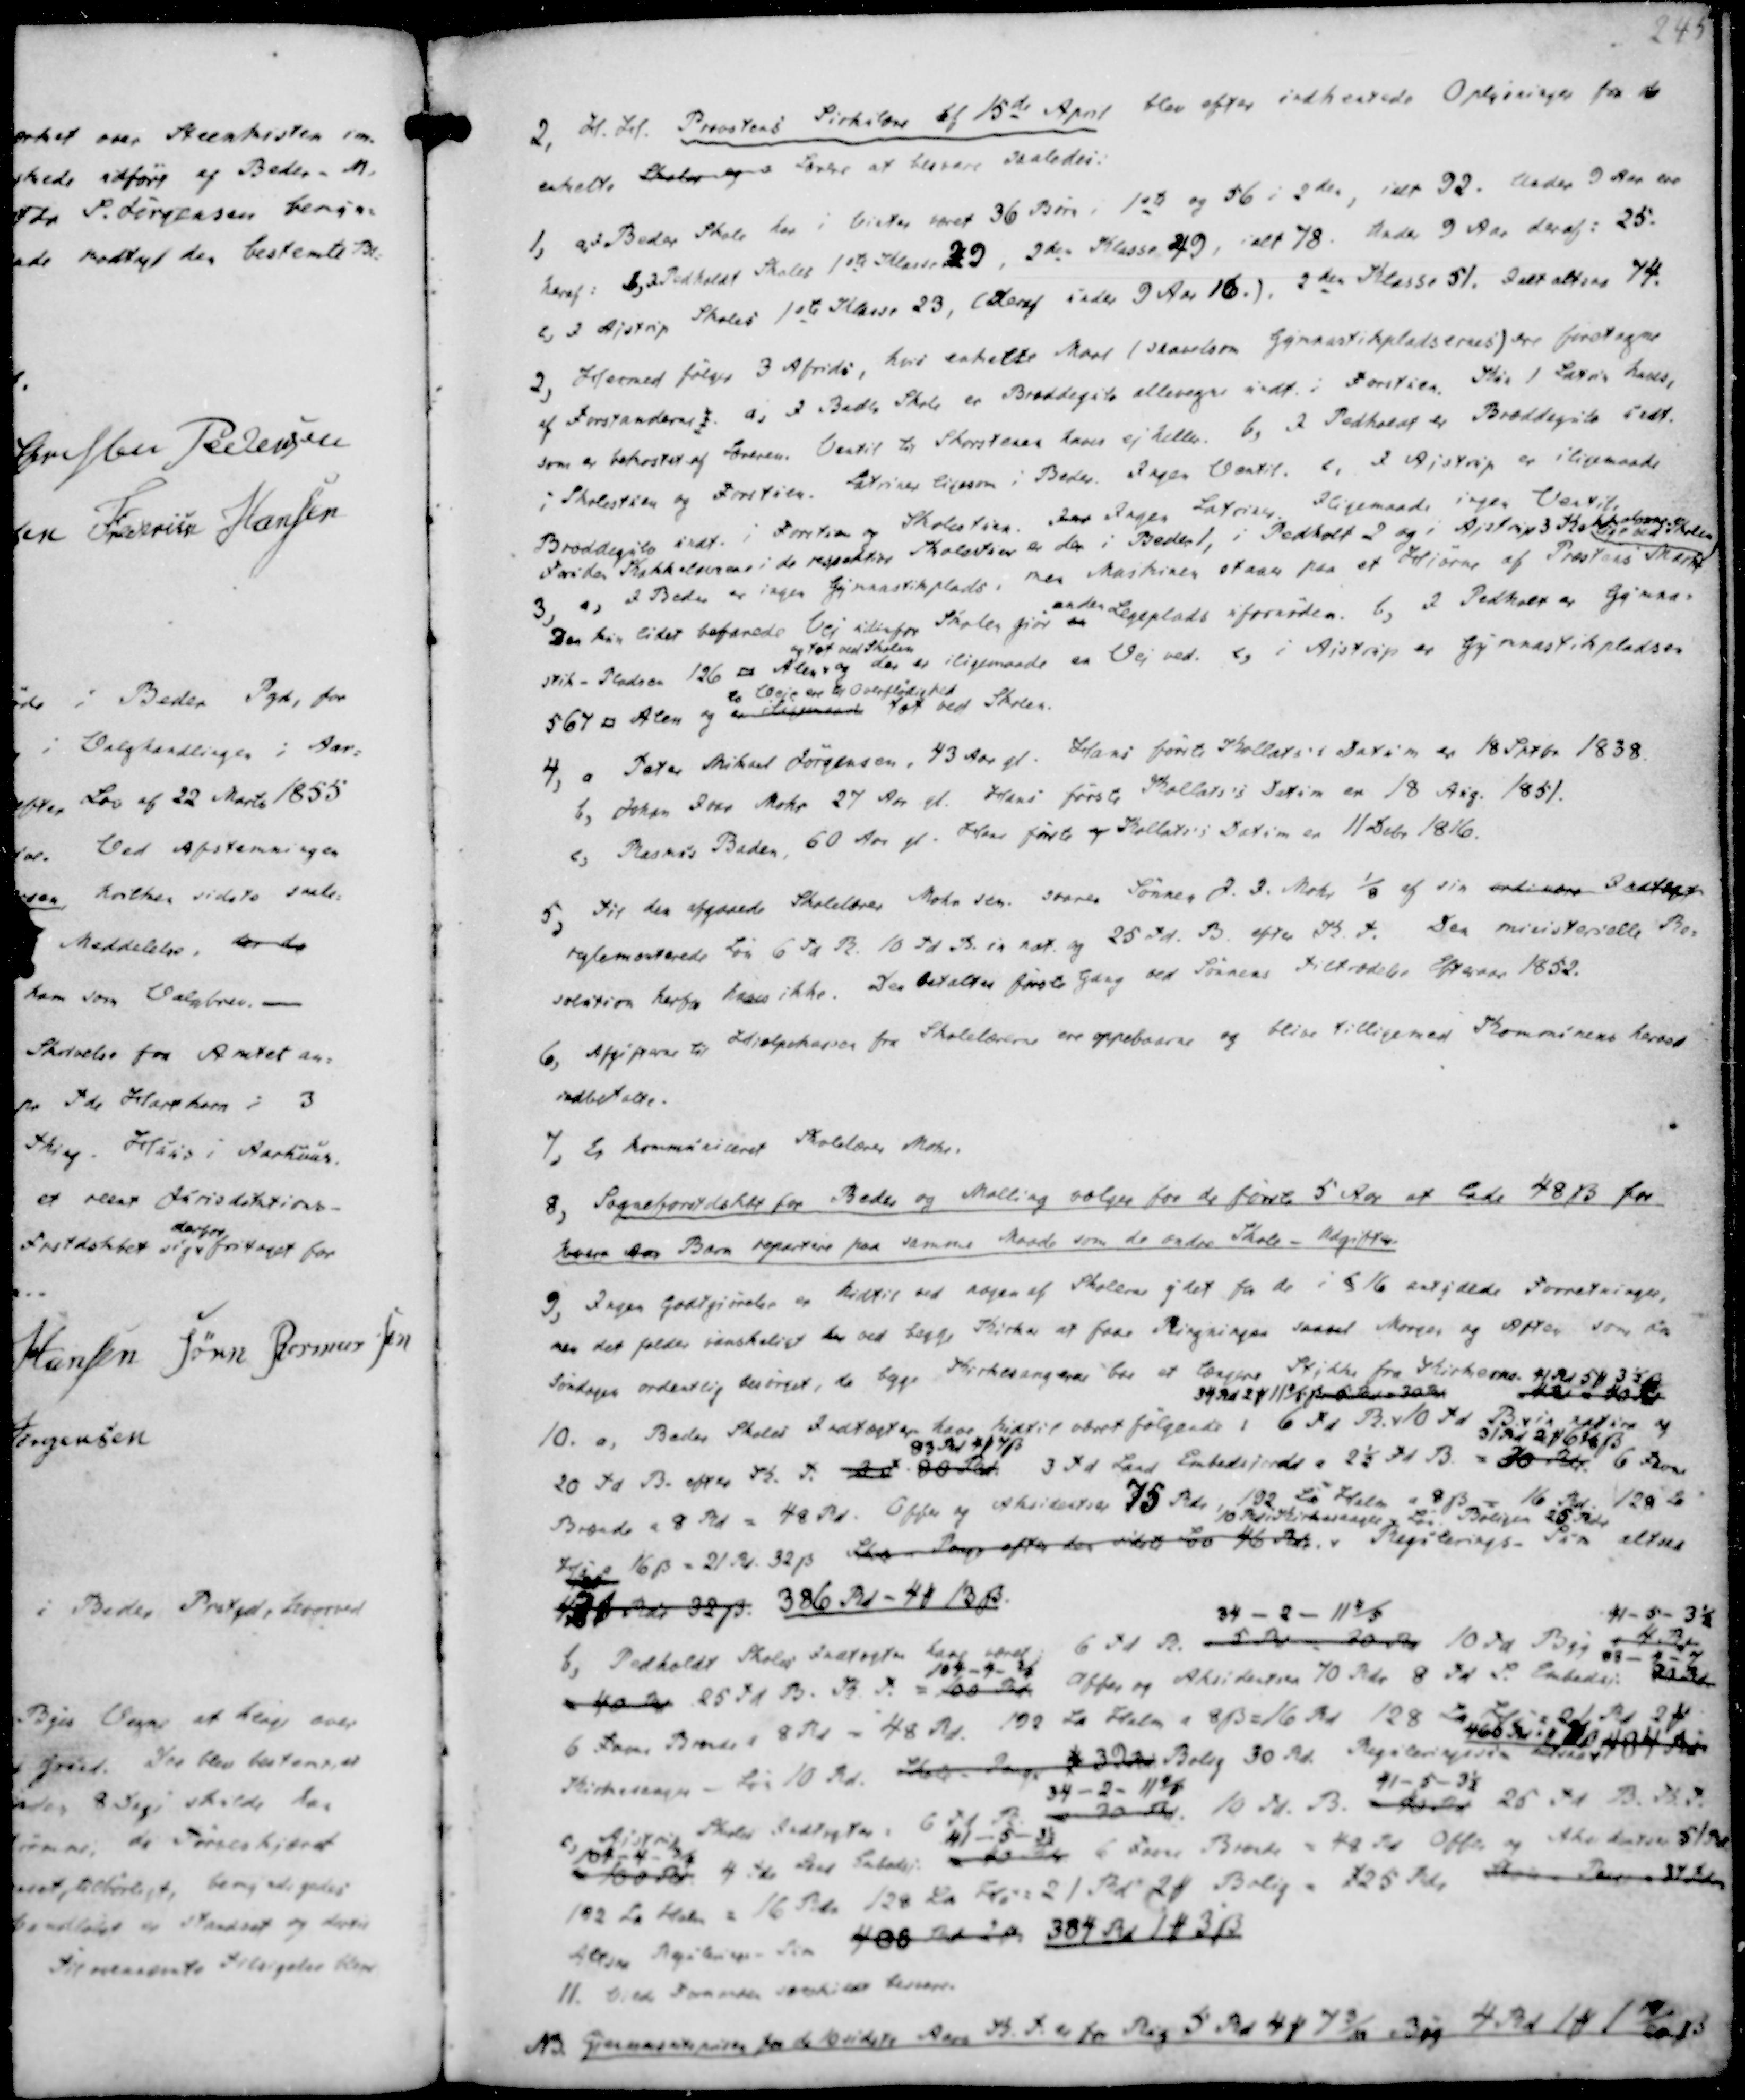
Transskription:
2, H. H. Provstens Sirkulære af 15de April blev efter indhentede Oplysninger fra de
enkelte Skoler og Lærere at besvare saaledes:

1, a, I Beder Skole har i Vinter været 36 Børn i 1ste og 56 i 2den, ialt 92. Under 9 Aar ere
heraf: b, I Pedholdt Skoles 1ste Klasse 29, 2den Klasse 49, ialt 78. Under 9 Aar deraf: 25.
c, I Ajstrup Skoles 1ste Klasse 23, (deraf under 9 Aar 16.). 2den Klasse 51. Ialt altsaa 74.
2, Hermed følger 3 Afridi, hvis enkelte Morl (slavlsom Gymnastikpladsernes) tre førstagne
af Forstanderne). a, I Beder Skole er Bræddegulv allevegne undt. i Forstuen. Kun 1 Latrin haves,
som er bekosted af Læreren. Ventil til Skorstenen haves ej heller. b, I Pedholdt er Bræddegulv uedt.
i Skolestuen og Forstuen. Latriner ligesom i Beder. Ingen Ventil. c, I Ajstrup er iligemaade
Bræddegulv undt. i Forstuen og Skolestuen. In Ingen Latrien Iligemaade ingen Ventil,
Foruden Kakkelovene i de respektive Skolestuer er der i Bedler 1, i Pedholdt 2 og i Ajstrup 3 Kakelovne
Lige ved Skolen
3, a, I Beder er ingen Gymnastikplads, men Maskinen staae paa et Hjørne af Præstens Mark
Den kun lidet befarede Vej udenfor Skolen giør en
anden Legeplads ufornøden. b, I Pedholt er Gymna-
stik-Pladsen 126 □ Alen
og tæt ved Skolen
og der er iligemaade en Vej ved. c, i Aistrup er Gymnastikpladsen
567 □ Alen og er iligemaade
to Veje ere til Overflødighed
tæt ved Skolen.

4, a Peter Mikael Jørgensen, 43 Aar gl. Hans første Kollats's Datum er 18 Sptbr 1838.
b, Johan Ivar Mohr 27 Aa gl. Hans første Kollats's Datum er 18 Aug. 1851.
c, Rasmus Baden, 60 Aar gl. Hans føste og Kollats's Datum er 11 Debr 1816.
5, Til den afgaaede Skolelærer Mohr sen. svarer Sønnen J. I. Mohr ⅛ af sin ordinære Indtægt
reglementerede Løn 6 Td R. 10 Td B. in nat. og 25 Td. B. K. T. Den ministerielle Re-
solution herfra haves ikke. Der betaltes første Gang ved Sønnens Tiltrædelse Efteraar 1852.
6, Afgifterne til Hjælpekassen fra Skolelærerne ere oppebaarne og blive tilligemed Kommunens hermed
indbetalte.
7, Er kommuniceret Skolelærer Mohr.
8, Sogneforstdskbt for Beder og Malling vælger for de første 5 Aar at lade 48 ẞ for
hvert Aar Barn repartere paa samme Maade som de andre Skole - Udgifter
9, Ingen Godtgjørelse er hidtil ved nogen af Skolerne ydet for de i § 16 ertydede Forretninger,
men det holdes vanskeligt her ved begge Kirker at faae Ringningen saavel Morgen og Aften som om
Søndagen ordentlig besørget, da begge Kirkesangere bor et længere Stykke fra Kirkerne.

10. a, Beder Skoles Indtægter have
hidtil været følgende : 6 Td R.
34 Rd 2 ₻ 11 4/5 ẞ pr 30  Rd
10 Td Byg B.
42 - 40 Rd
41 Rd 5 ₻ 3⅓ ẞ
in natura og
20 Td B. efter K. T. 2 T 80 Rd.
83 Rd 4 ₻ 7 ẞ
3 Td Land Embedsjorde a 2½ Td B. = 30 Rdr.
31 Rd 2 ₻ 6⅛ ẞ
6 Favne
Brænde a 8 Rd = 48 Rd. Offer og Aksidentier 75 Rdr, 192 Td Halm a 8 ẞ = 16 Rd. 128 Td
Hø a 16 ẞ = 21 Rd. 32 ẞ Skrev Penge efter den sidste Lov 46 Rdr.
10 Rdl Kirkesanger Løn Boligen 25 Rdr
Regulerings- Sum altsaa
431 Rdr 32 ẞ. 386 Rd - 4 ₻ 13 ẞ.
b, Pedholdt Skoles Indtægter have været: 6 Td R. 5 Rd - 30 Rd
34 - 2 - 11⅘
10 Td Byg a 4 Rd
41 - 5 - 3½
= 40 Rdr 25 Td B. K. T. = 100 Rdr
104 - 4 - ¾
Affer og Aksidentsen 70 Rdr 8 Td L. Embedsj. 70 Rdr
83 - 4 - 7
6 Favne Brænde a 8 Rd = 48 Rd. 192 Td Halm a 8 ẞ = 16 Rd 128  Rd 2 ₻
466 Rd  484 Rdr
Kirkesanger - Løn 10 Rd. Skole - Penge 4 32 Rd
Bolig 30 Rd. Reguleringssum
c, Ajstrup Skoles Indtægter: 6 Td R
34 - 2 - 11⅘
30 Rd. 10 Td. B. 40 Rd
41-5-3½
25 Td B. K. T.
100 Rd
104-4-¾
4. TdrLand Embedsj. = 40 Rdr
41-5-3½
6 Favne Brænde = 48 Rd Offer og Aksidatsen 51 Rd
192 Td Halm = 16 Rdr 128 Td Hø = 21 Rd 2 ₻ Bolig = 125 Rd. Skole - Penge 37 Rdr
Altsaa Regulerings - Sum 406 Rd 2 ₻ 384 Rd 1 ₻ 3 ẞ
11. Vilde Formanden særskilt besvare.
NB. Gymnastiksprisen fra de 10 sidste Aars K. T. er for Rug 5 Rd 4 ₻ 7 3/11 ẞ og 4 Rd 1 ₻ 1 19/20 ẞ